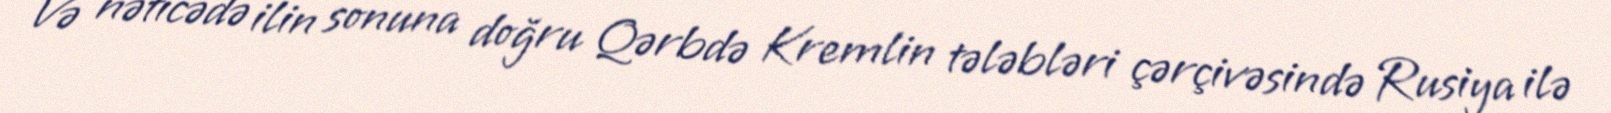
Və nəticədə ilin sonuna doğru Qərbdə Kremlin tələbləri çərçivəsində Rusiya ilə